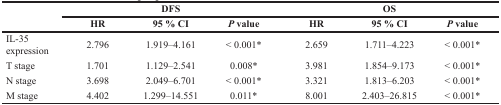
| <ROWSPAN=2>  | <COLSPAN=3> DFS | <COLSPAN=3> OS |
 | HR | 95 % CI | P value | HR | 95 % CI | P value |
 | --- | --- | --- | --- | --- | --- | --- |
 | IL-35 expression | 2.796 | 1.919–4.161 | < 0.001* | 2.659 | 1.711–4.223 | < 0.001* |
 | T stage | 1.701 | 1.129–2.541 | 0.008* | 3.981 | 1.854–9.173 | < 0.001* |
 | N stage | 3.698 | 2.049–6.701 | < 0.001* | 3.321 | 1.813–6.203 | < 0.001* |
 | M stage | 4.402 | 1.299–14.551 | 0.011* | 8.001 | 2.403–26.815 | < 0.001* |